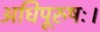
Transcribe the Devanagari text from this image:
अधिपूरुषः।